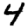
Digit: 4